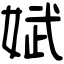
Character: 娬